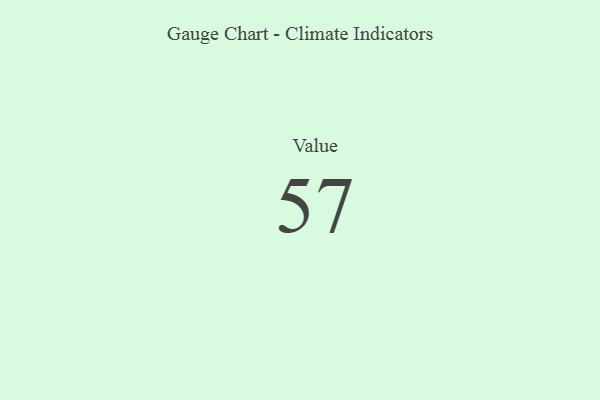
{"axis": {"x": "Metric", "y": "Value"}, "legend": [""], "data": [{"x": "Value", "y": 57, "type": ""}]}